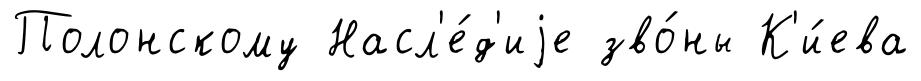
Полонскому Насл'е́д'иjе зво́ны К'и́ева